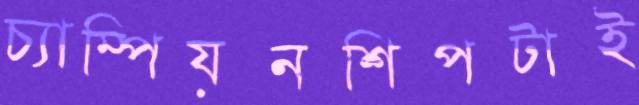
চ্যাম্পিয়নশিপটাই